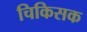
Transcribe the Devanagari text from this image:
चिकिसक